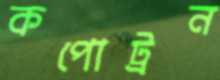
কপোট্রন